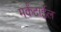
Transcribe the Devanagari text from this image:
मर्कंटाईल